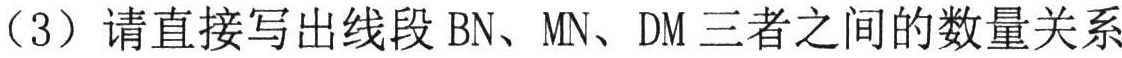
（3）请直接写出线段$\text{BN}$、$\text{MN}$、$\text{DM}$三者之间的数量关系